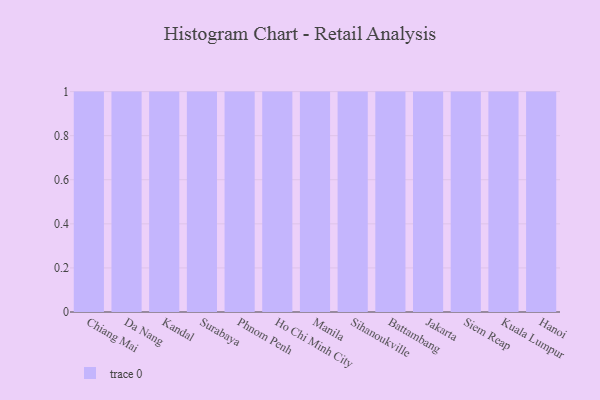
{"axis": {"x": "City", "y": "Churn Rate (%)"}, "legend": [""], "data": [{"x": "Chiang Mai", "y": 42, "type": ""}, {"x": "Da Nang", "y": 94, "type": ""}, {"x": "Kandal", "y": 47, "type": ""}, {"x": "Surabaya", "y": 1, "type": ""}, {"x": "Phnom Penh", "y": 12, "type": ""}, {"x": "Ho Chi Minh City", "y": 70, "type": ""}, {"x": "Manila", "y": 13, "type": ""}, {"x": "Sihanoukville", "y": 68, "type": ""}, {"x": "Battambang", "y": 19, "type": ""}, {"x": "Jakarta", "y": 53, "type": ""}, {"x": "Siem Reap", "y": 15, "type": ""}, {"x": "Kuala Lumpur", "y": 42, "type": ""}, {"x": "Hanoi", "y": 34, "type": ""}]}